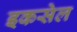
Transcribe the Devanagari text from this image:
इकसेल